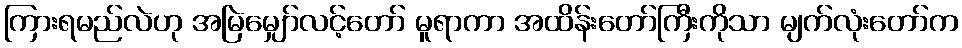
ကြားရမည်လဲဟု အမြဲမျှော်လင့်တော် မူရာကာ အထိန်းတော်ကြီးကိုသာ မျက်လုံးတော်က